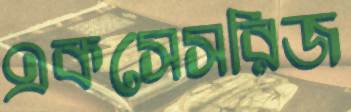
একসেসরিজ